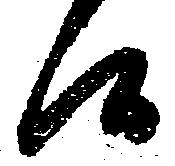
候